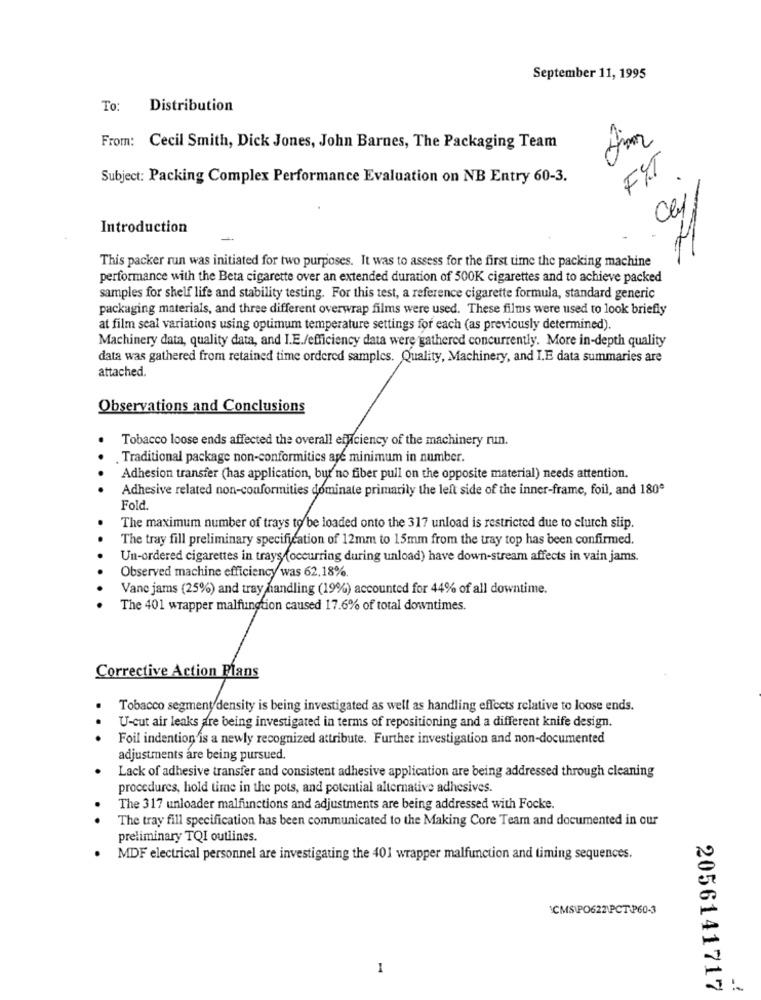
September 11, 1995
To:
Distribution
From: Cecil Smith, Dick Jones, John Barnes, The Packaging Team
FIT
Subject: Packing Complex Performance Evaluation on NB Entry 60-3.
Introduction
.30
This packer run was initiated for two purposes. It was to assess for the first time the packing machine
performance with the Beta cigarette over an extended duration of 500K cigarettes and to achieve packed
samples for shelf life and stability testing. For this test, a reference cigarette formula, standard generic
packaging materials, and three different overwrap films were used. These films were used to look briefly
at film seal variations using optimum temperature settings for each (as previously determined).
Machinery data, quality data, and I.E./efficiency data were gathered concurrently. More in-depth quality
data was gathered from retained time ordered samples. Quality, Machinery, and I.E data summaries are
attached.
Observations and Conclusions
Tobacco loose ends affected the overall efficiency of the machinery run.
Traditional package non-conformitics age minimum in number.
Adhesion transfer (has application, but no fiber pull on the opposite material) needs attention.
Adhesive related non-conformities dominate primarily the left side of the inner-frame, foil, and 180º
Fold.
The maximum number of trays to be loaded onto the 317 unload is restricted due to clutch siip.
The tray fill preliminary specification of 12mm to 15mm from the tray top has been confirmed.
Un-ordered cigarettes in trays (occurring during unload) have down-stream affects in vain jams.
Observed machine efficiency was 62.18%
Vane jams (25%) and tray handling (19%) accounted for 44% of all downtime.
The 401 wrapper malfunction caused 17.6% of total downtimes.
Corrective Action Plans
Tobacco segment density is being investigated as well as handling effects relative to loose ends.
U-cut air leaks are being investigated in terms of repositioning and a different knife design.
Foil indention is a newly recognized attribute. Further investigation and non-documented
adjustments are being pursued.
Lack of adhesive transfer and consistent adhesive application are being addressed through cleaning
procedures, hold time in the pots, and potential alternative adhesives.
The 317 unloader malfunctions and adjustments are being addressed with Focke.
.
The tray fill specification has been communicated to the Making Core Team and documented in our
preliminary TQI outlines.
MDF electrical personnel are investigating the 401 wrapper malfunction and timing sequences.
CMS\PO622\PCT P60-3
1
2056141717